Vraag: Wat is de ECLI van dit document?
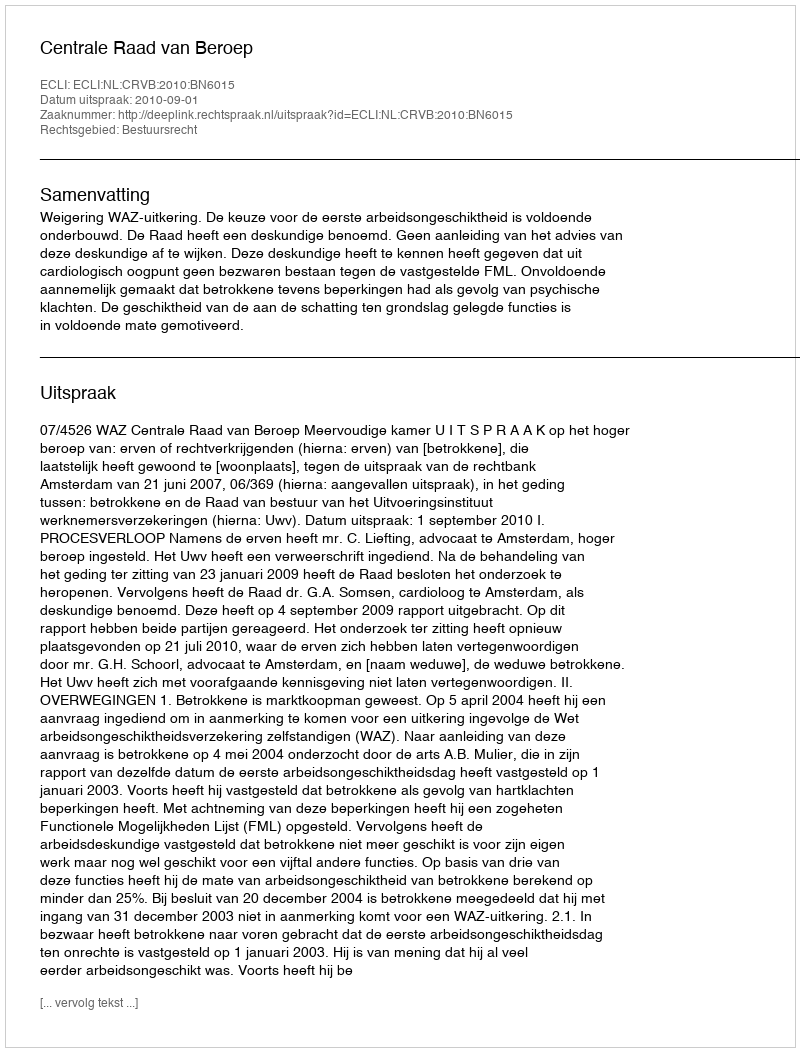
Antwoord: ECLI:NL:CRVB:2010:BN6015